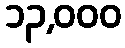
၁၃,၀၀၀